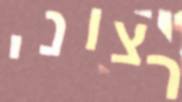
רצוני